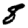
Digit: 8